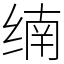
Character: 䌾